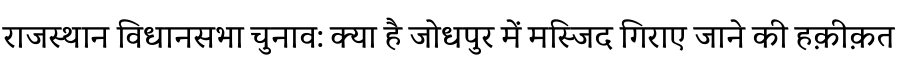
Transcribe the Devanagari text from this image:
राजस्थान विधानसभा चुनाव: क्या है जोधपुर में मस्जिद गिराए जाने की हक़ीक़त